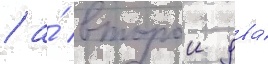
/ а́ второи два́